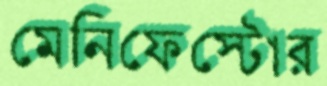
মেনিফেস্টোর